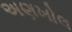
અણખોલ